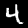
Digit: 4